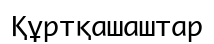
Құртқашаштар